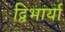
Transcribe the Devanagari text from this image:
द्विभार्या